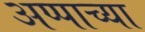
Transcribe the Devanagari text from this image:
अप्पाच्या